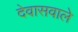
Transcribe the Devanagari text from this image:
देवासवाले